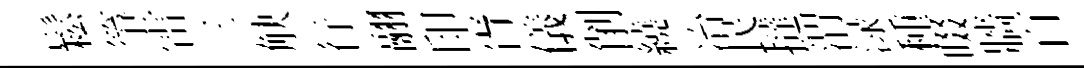
鬆箏雷三觖行翮印胥儀削繞冶民撻渭渌種啜牆百